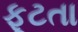
ફૂટતા